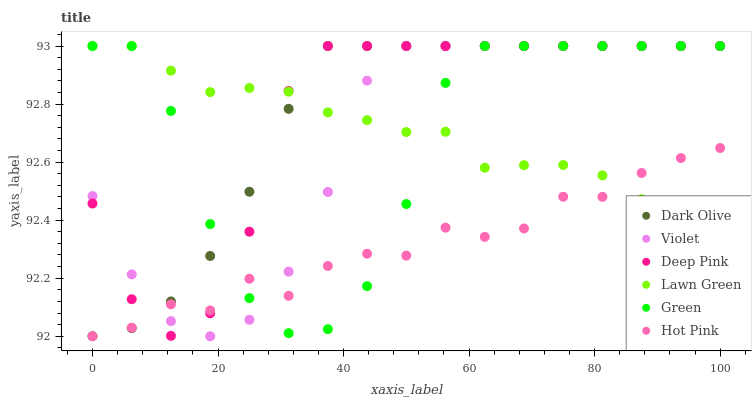
| xaxis_label | Dark Olive | Violet | Deep Pink | Lawn Green | Green | Hot Pink |
 | --- | --- | --- | --- | --- | --- | --- |
 | 0 | 92 | 92.5 | 92.5 | 93 | 93 | 92 |
 | 6.25 | 92 | 92.2 | 92.1 | 93 | 93 | 92 |
 | 12.5 | 92.1 | 92.1 | 92 | 92.9 | 92.8 | 92.1 |
 | 18.8 | 92.3 | 92 | 92.1 | 92.8 | 92.4 | 92.1 |
 | 25 | 92.5 | 92.1 | 92.4 | 92.9 | 92.1 | 92.2 |
 | 31.2 | 92.8 | 92.2 | 92.8 | 92.8 | 92 | 92.1 |
 | 37.5 | 93 | 92.5 | 93 | 92.8 | 92 | 92.2 |
 | 43.8 | 93 | 92.9 | 93 | 92.7 | 92.2 | 92.3 |
 | 50 | 93 | 93 | 93 | 92.7 | 92.5 | 92.3 |
 | 56.2 | 93 | 93 | 93 | 92.7 | 92.9 | 92.4 |
 | 62.5 | 93 | 93 | 93 | 92.6 | 93 | 92.3 |
 | 68.8 | 93 | 93 | 93 | 92.6 | 93 | 92.4 |
 | 75 | 93 | 93 | 93 | 92.6 | 93 | 92.5 |
 | 81.2 | 93 | 93 | 93 | 92.6 | 93 | 92.5 |
 | 87.5 | 93 | 93 | 93 | 92.5 | 93 | 92.6 |
 | 93.8 | 93 | 93 | 93 | 92.5 | 93 | 92.6 |
 | 100 | 93 | 93 | 93 | 92.4 | 93 | 92.6 |